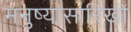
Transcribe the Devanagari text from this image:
मनुष्यासारिखी